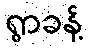
ရွာခန့်